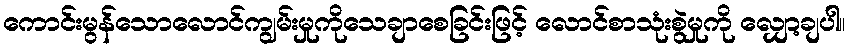
ကောင်းမွန်သောလောင်ကျွမ်းမှုကိုသေချာစေခြင်းဖြင့် လောင်စာသုံးစွဲမှုကို လျှော့ချပါ။